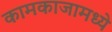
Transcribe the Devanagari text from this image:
कामकाजामध्ये